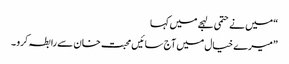
“ میں نے حتمی لہجے میں کہا
”میرے خیال میں آج سائیں محبت خان سے رابطہ کرو ۔